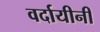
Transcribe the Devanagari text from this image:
वर्दायीनी